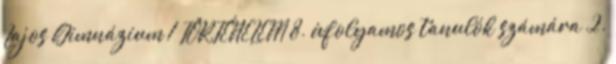
Lajos Gimnázium 1 TÖRTÉNELEM 8. évfolyamos tanulók számára 2.